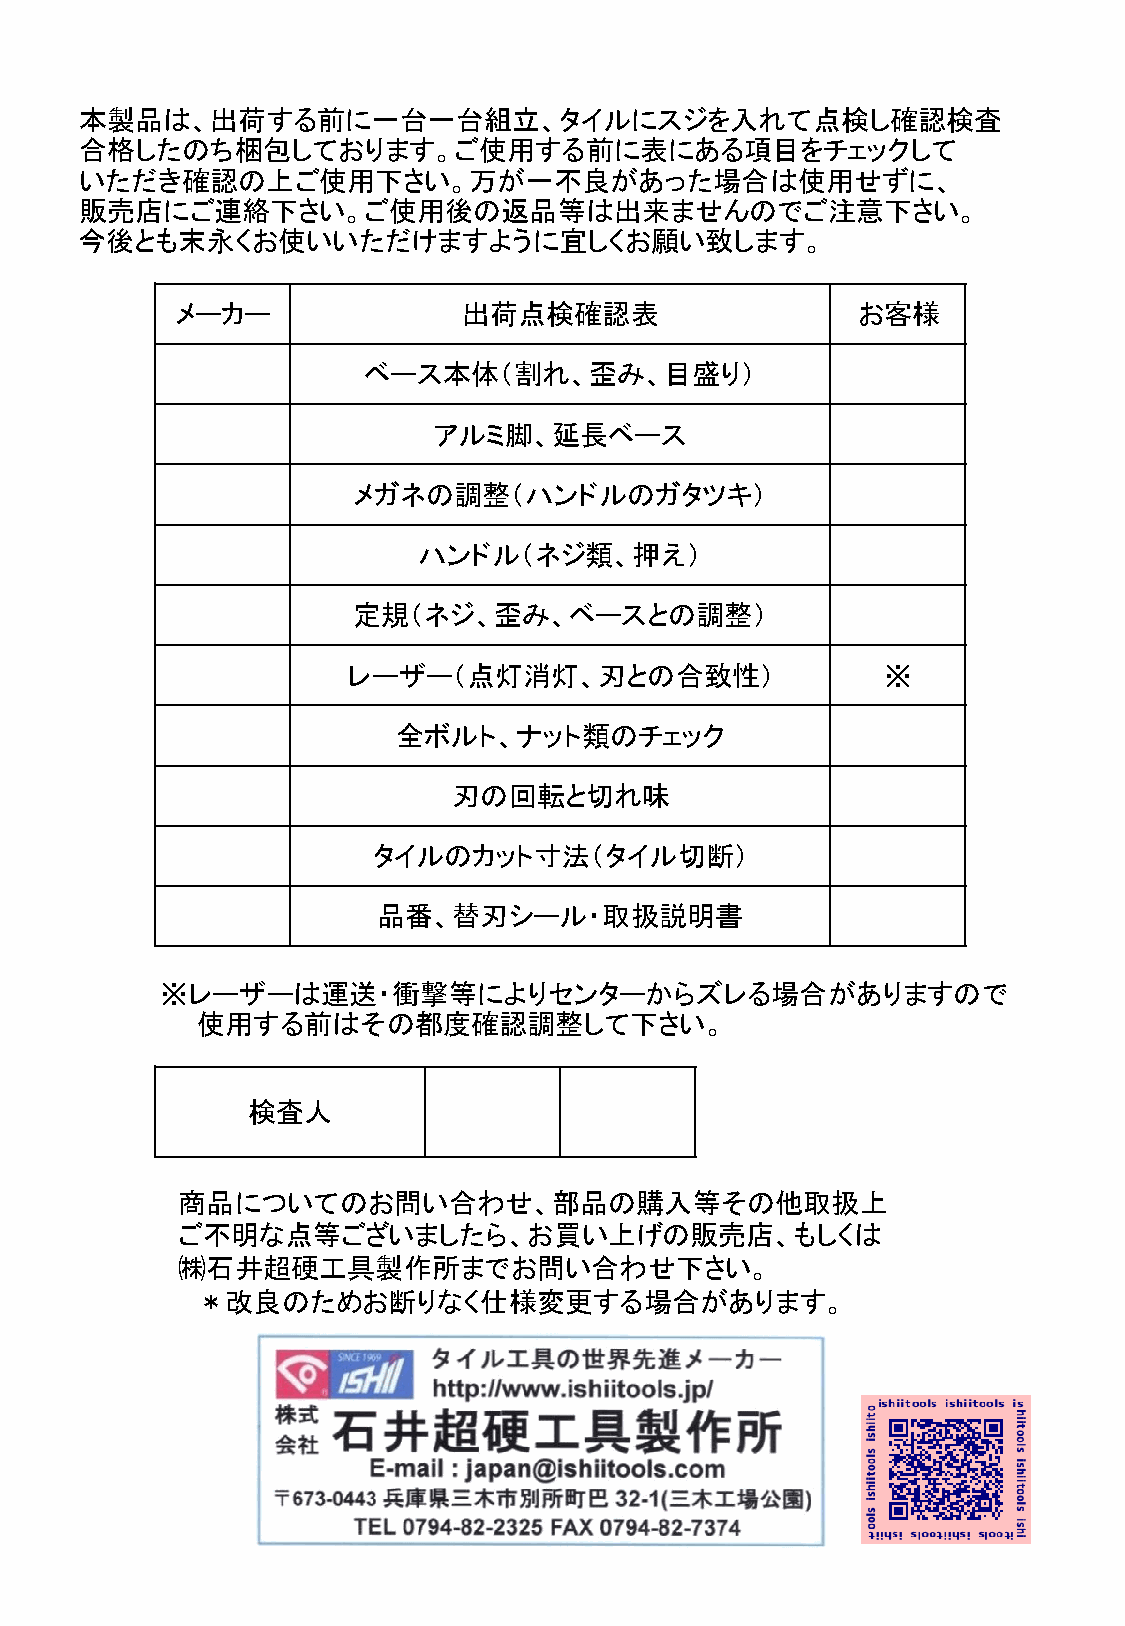
本製品は、出荷する前に一台一台組立、タイルにスジを入れて点検し確認検査
 合格したのち梱包しております。ご使用する前に表にある項目をチェックして
 いただき確認の上ご使用下さい。万が一不良があった場合は使用せずに、
 販売店にご連絡下さい。ご使用後の返品等は出来ませんのでご注意下さい。
 今後とも末永くお使いいただけますように宜しくお願い致します。
 メーカー               出荷点検確認表                   お客様
 ベース本体（割れ、歪み、目盛り）
 アルミ脚、延長ベース
 メガネの調整（ハンドルのガタツキ）
 ハンドル（ネジ類、押え）
 定規（ネジ、歪み、ベースとの調整）
 レーザー（点灯消灯、刃との合致性）                   ※
 全ボルト、ナット類のチェック
 刃の回転と切れ味
 タイルのカット寸法（タイル切断）
 品番、替刃シール・取扱説明書
 ※レーザーは運送・衝撃等によりセンターからズレる場合がありますので
 使用する前はその都度確認調整して下さい。
 検査人
 商品についてのお問い合わせ、部品の購入等その他取扱上
 ご不明な点等ございましたら、お買い上げの販売店、もしくは
 ㈱石井超硬工具製作所までお問い合わせ下さい。
 ＊改良のためお断りなく仕様変更する場合があります。